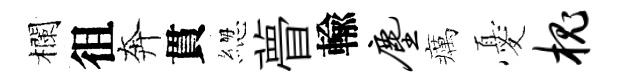
欄徂奔貫緫瞢輸尘癘憂槐